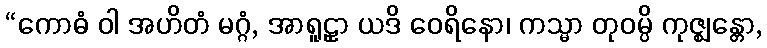
“ကောဓံ ဝါ အဟိတံ မဂ္ဂံ, အာရူဠှာ ယဒိ ဝေရိနော၊ ကသ္မာ တုဝမ္ပိ ကုဇ္ဈန္တော,